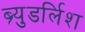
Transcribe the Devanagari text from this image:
ब्र्युडर्लिश